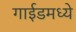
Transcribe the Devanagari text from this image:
गाईडमध्ये